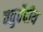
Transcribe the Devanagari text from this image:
चतुर्वेदीय